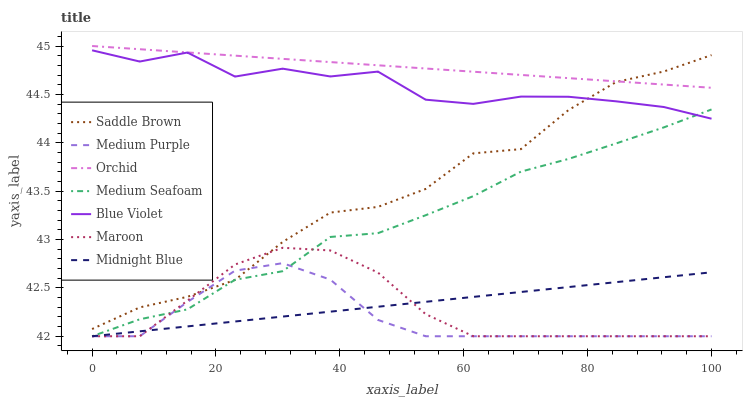
| xaxis_label | Saddle Brown | Medium Purple | Orchid | Medium Seafoam | Blue Violet | Maroon | Midnight Blue |
 | --- | --- | --- | --- | --- | --- | --- | --- |
 | 0 | 42.1 | 42 | 45 | 42 | 45 | 42 | 42 |
 | 7.69 | 42.3 | 42 | 45 | 42.2 | 44.8 | 42 | 42.1 |
 | 15.4 | 42.4 | 42.4 | 44.9 | 42.3 | 44.9 | 42.4 | 42.1 |
 | 23.1 | 42.6 | 42.7 | 44.9 | 42.6 | 44.7 | 42.7 | 42.2 |
 | 30.8 | 43 | 42.8 | 44.9 | 42.7 | 44.8 | 42.9 | 42.2 |
 | 38.5 | 43.3 | 42.6 | 44.8 | 43 | 44.7 | 42.9 | 42.3 |
 | 46.2 | 43.3 | 42.2 | 44.8 | 43.1 | 44.7 | 42.7 | 42.3 |
 | 53.8 | 43.5 | 42 | 44.8 | 43.3 | 44.4 | 42.2 | 42.4 |
 | 61.5 | 43.9 | 42 | 44.7 | 43.4 | 44.4 | 42 | 42.4 |
 | 69.2 | 43.9 | 42 | 44.7 | 43.7 | 44.5 | 42 | 42.5 |
 | 76.9 | 44.3 | 42 | 44.7 | 43.8 | 44.5 | 42 | 42.5 |
 | 84.6 | 44.6 | 42 | 44.6 | 44 | 44.4 | 42 | 42.6 |
 | 92.3 | 44.7 | 42 | 44.6 | 44.2 | 44.4 | 42 | 42.6 |
 | 100 | 44.9 | 42 | 44.6 | 44.3 | 44.2 | 42 | 42.7 |